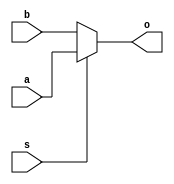
module basic_mux(input [1:0] a, input[1:0] b, input s, output [1:0] o);
	assign o = s ? a : b;
endmodule